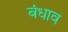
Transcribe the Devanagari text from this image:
बंधाव